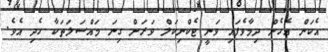
އެކަން އެހެން ދިމާވެފައި ވަނީ ޓެކްނިކަލް ވަރަށް ގިނަ މައްސަލަތަކާ ހެދި އެވެ.